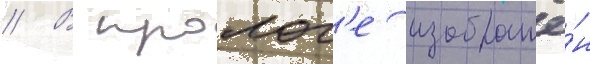
// В пролог'е изображё́н